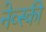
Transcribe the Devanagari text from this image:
नेव्स्की